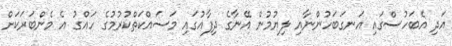
އަދި އެބަހުސްގައި އަނގަބަހުންނާއި ލިޔުމުން އޭނާގެ ދިފާއުގައި މަސައްކަތްކުރުމުގެ ހައްގު އެ މެންބަރަކަށް